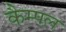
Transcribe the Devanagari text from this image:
कैम्पल